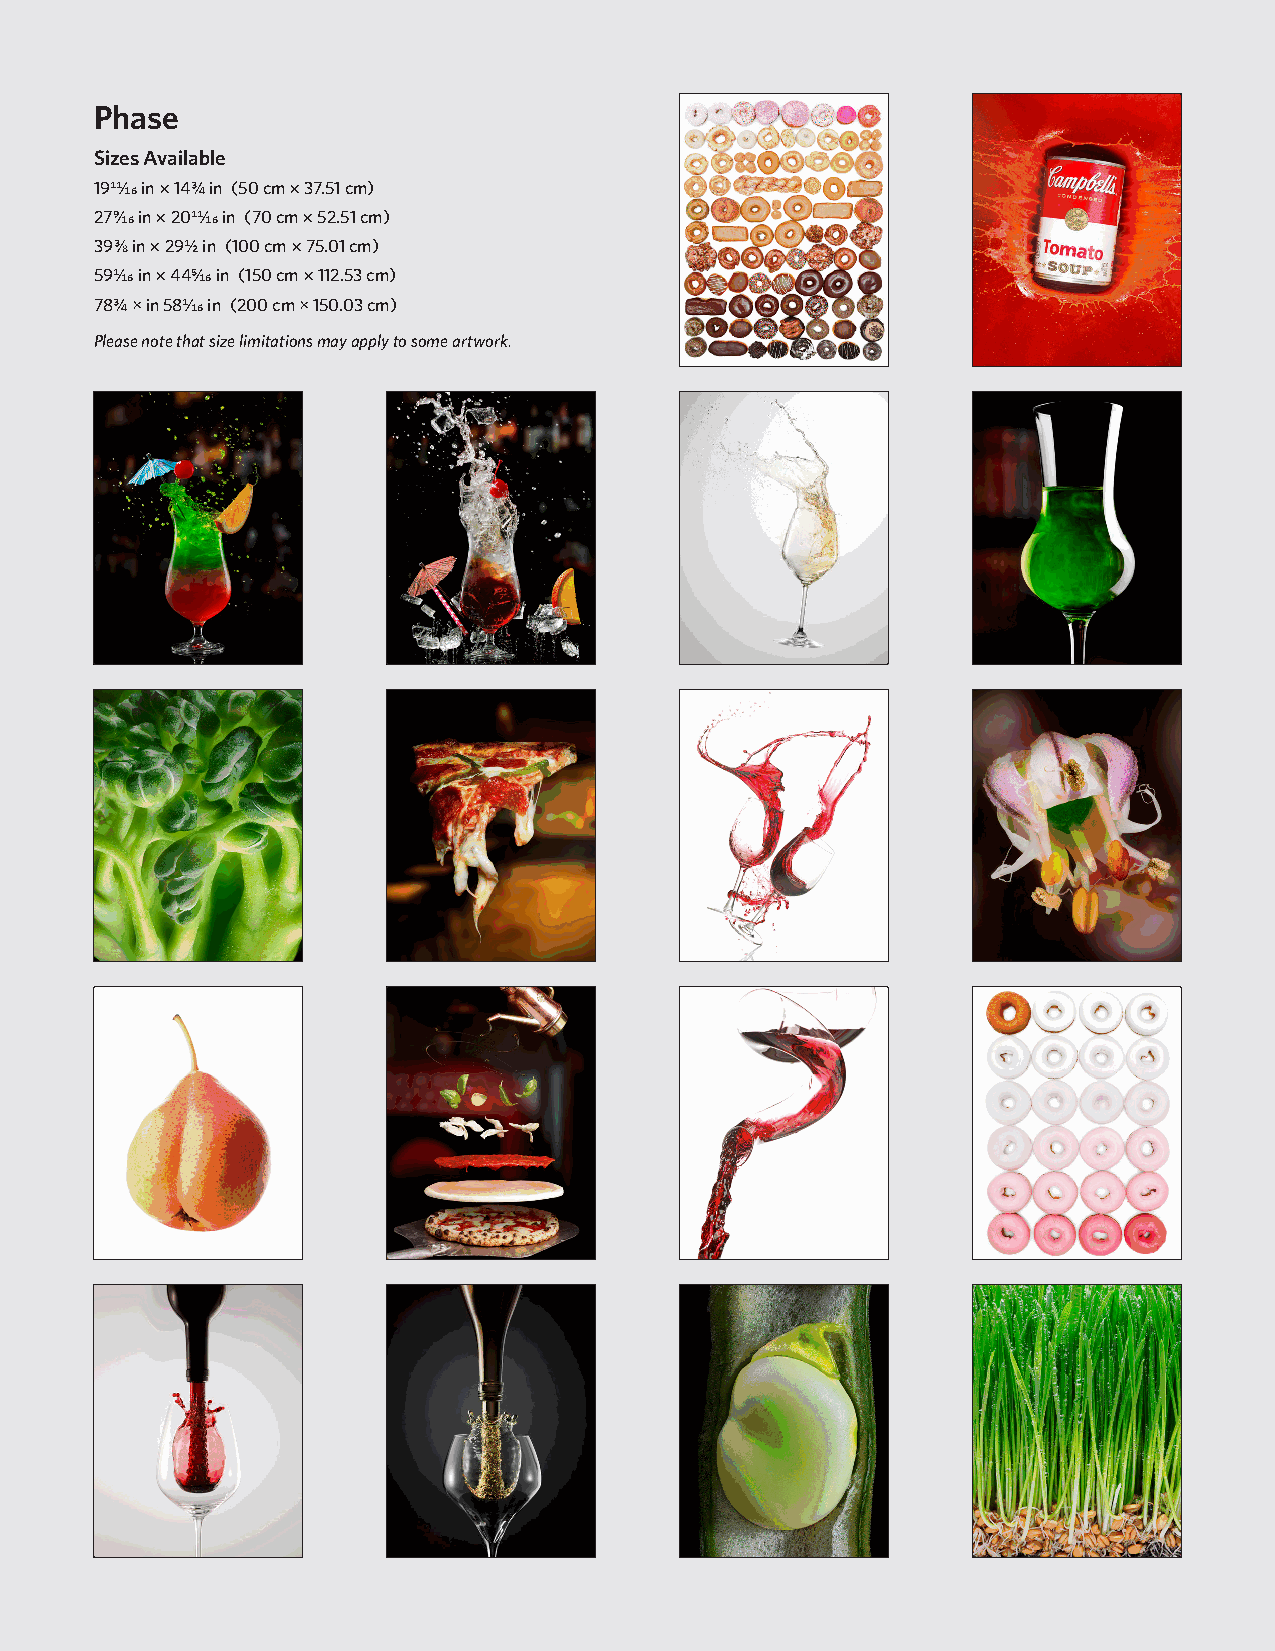
Phase
 Sizes Available
 1911/16 in × 14¾ in (50 cm × 37.51 cm)
 279/16 in × 2011/16 in (70 cm × 52.51 cm)
 393/8 in × 29½ in (100 cm × 75.01 cm)
 591/16 in × 445/16 in (150 cm × 112.53 cm)
 78¾ × in 581/16 in (200 cm × 150.03 cm)
 Please note that size limitations may apply to some artwork.